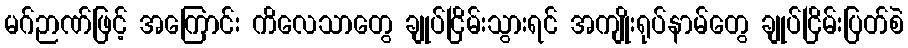
မဂ်ဉာဏ်ဖြင့် အကြောင်း ကိလေသာတွေ ချုပ်ငြိမ်းသွားရင် အကျိုးရုပ်နာမ်တွေ ချုပ်ငြိမ်းပြတ်စဲ